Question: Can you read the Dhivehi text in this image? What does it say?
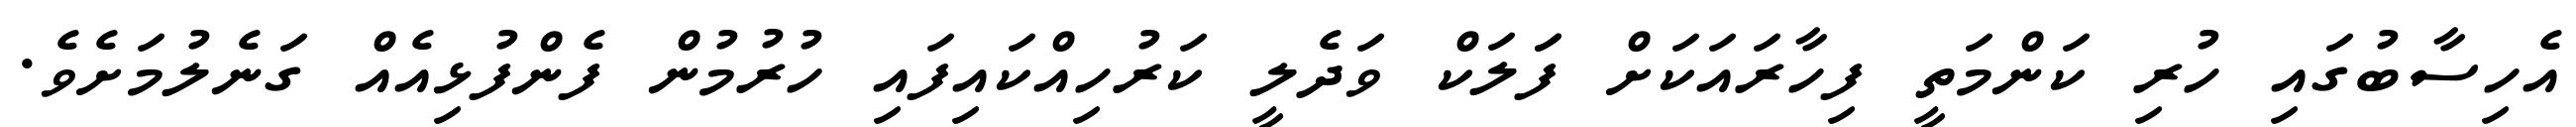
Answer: އެހިސާބުގައި ހުރި ކަންމަތީ ފިހާރައަކަށް ފަަލަކް ވަދެލީ ކަރުހިއްކައިފައި ހުރުމުން ފެންފުޅިއެއް ގަނެލުމަށެވެ.